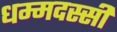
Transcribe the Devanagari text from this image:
धम्मदस्सी